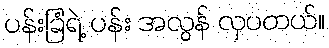
ပန်းခြံရဲ့ ပန်း အလွန် လှပတယ်။